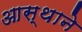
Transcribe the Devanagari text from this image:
आस्थाने